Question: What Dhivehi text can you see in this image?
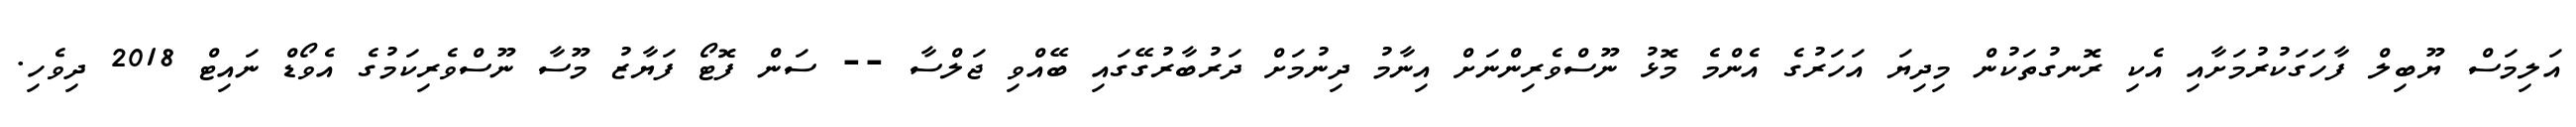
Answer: އަލިމަސް ޔޫބިލް ފާހަގަކުރުމަށާއި އެކި ރޮނގުތަކުން މިދިޔަ އަހަރުގެ އެންމެ މޮޅު ނޫސްވެރިންނަށް އިނާމު ދިނުމަށް ދަރުބާރުގޭގައި ބޭއްވި ޖަލްސާ -- ސަން ފޮޓޯ ފަޔާޒު މޫސާ ނޫސްވެރިކަމުގެ އެވޯޑް ނައިޓް 2018 ދިވެހި.